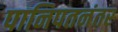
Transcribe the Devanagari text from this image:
पानिपतनंतर